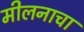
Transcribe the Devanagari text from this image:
मीलनाचा